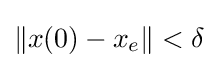
\|x(0)-x_{e}\|<\delta